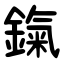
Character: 鎎